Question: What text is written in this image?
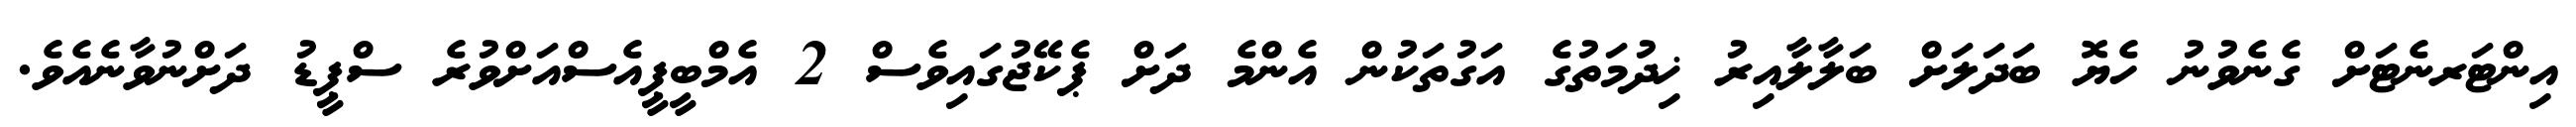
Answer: އިންޓަރނެޓަށް ގެނެވުނު ހެޔޮ ބަދަލަށް ބަލާލާއިރު ޚިދުމަތުގެ އަގުތަކުން އެންމެ ދަށް ޕެކޭޖުގައިވެސް 2 އެމްބީޕީއެސްއަށްވުރެ ސްޕީޑު ދަށްނުވާނެއެވެ.